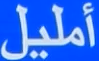
أمليل